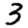
Digit: 3